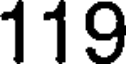
119